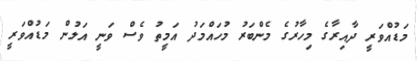
މަޑުއްވަރީ ދާއިރާގެ މިހާރުގެ މެންބަރު މުހައްމަދު އަމީތު ވެސް ވަނީ އަލުން މަޑުއްވަރީ